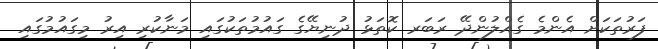
ފަރުތަކަށް އެންމެ ގެއްލުންދޭ ރަބަރ ކޮތަޅު ދުނިޔޭގެ ގައުމުތަކުގައި މަނާކުރި އިރު މިގައުމުގައި